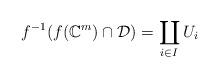
LaTeX: \begin{align*}f^{-1}(f(\mathbb{C}^{m})\cap \mathcal{D})=\coprod_{i\in I} U_{i}\end{align*}